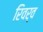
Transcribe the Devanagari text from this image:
रिवर्व